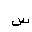
Letter: _sin